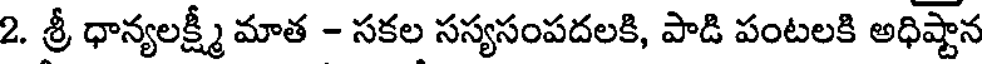
2. శ్రీ ధాన్యలక్ష్మీ మాత - సకల సస్యసంపదలకి, పాడి పంటలకి అధిష్టాన